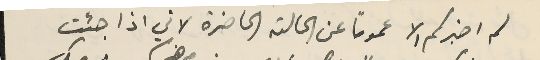
لم اخبركم الا عموماً عن الحالة الحاضرة لاني اذا جئت